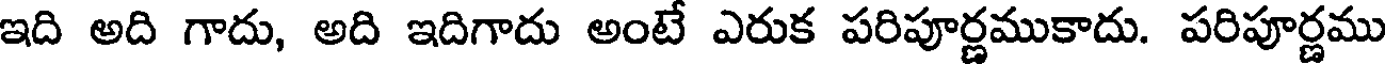
ఇది అది గాదు, అది ఇదిగాదు అంటే ఎరుక పరిపూర్ణముకాదు. పరిపూర్ణము